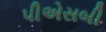
પીએસબી